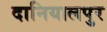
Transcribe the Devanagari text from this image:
दानियालपुर